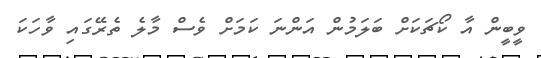
ވީބީން އާ ކޯޗަކަށް ބަލަމުން އަންނަ ކަމަށް ވެސް މާލެ ތެރޭގައި ވާހަކަ